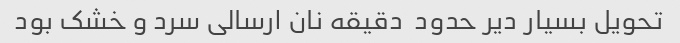
تحویل بسیار دیر حدود  دقیقه نان ارسالی سرد و خشک بود